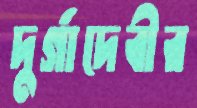
দুর্গাদেবীর